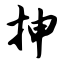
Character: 抻